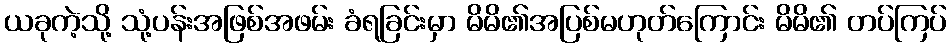
ယခုကဲ့သို့ သုံ့ပန်းအဖြစ်အဖမ်း ခံရခြင်းမှာ မိမိ၏အပြစ်မဟုတ်ကြောင်း မိမိ၏ တပ်ကြပ်